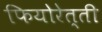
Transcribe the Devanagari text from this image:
फियोरेत्ती